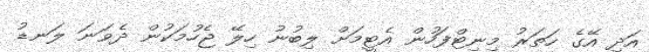
އަދި އޭގެ ހަތަރު މިނިޓްފަހުން އެޓީމަށް ލިބުނު ހިލޭ ޖެހުމަކުން ދެވަނަ ލަނޑު